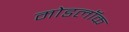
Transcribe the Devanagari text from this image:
मोडलॉक